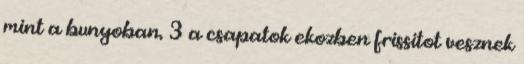
mint a bunyoban. 3 a csapatok ekozben frissitot vesznek